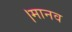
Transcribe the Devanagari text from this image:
।मानव